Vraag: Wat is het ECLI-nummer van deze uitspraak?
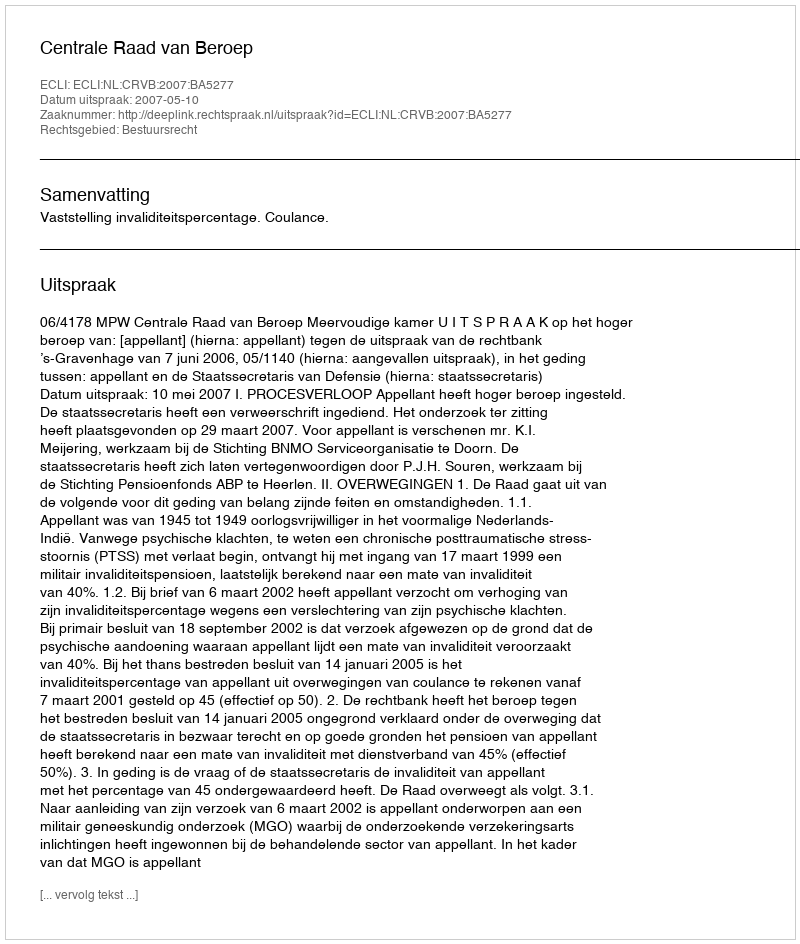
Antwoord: ECLI:NL:CRVB:2007:BA5277